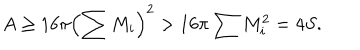
LaTeX: A \geq 1 6 \pi \left( \sum M _ { i } \right) ^ { 2 } > 1 6 \pi \sum M _ { i } ^ { 2 } = 4 S .